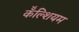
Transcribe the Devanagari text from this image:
कॅॅल्शियम